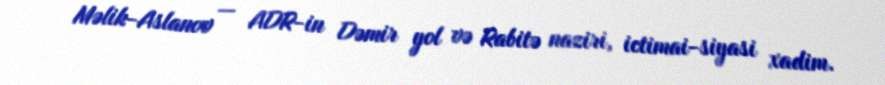
Məlik-Aslanov — ADR-in Dəmir yol və Rabitə naziri, ictimai-siyasi xadim.